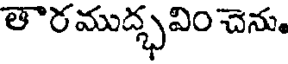
తారముద్భవిం చెను.